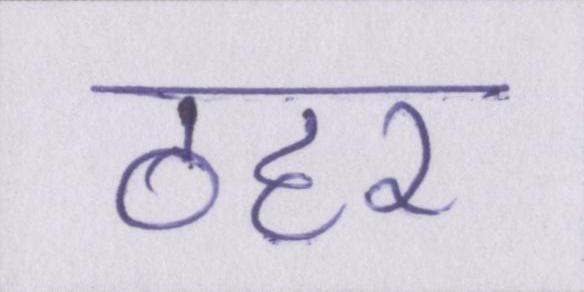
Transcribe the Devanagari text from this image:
ठहर